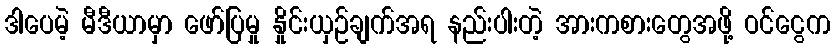
ဒါပေမဲ့ မီဒီယာမှာ ဖော်ပြမှု နှိုင်းယှဉ်ချက်အရ နည်းပါးတဲ့ အားကစားတွေအဖို့ ဝင်ငွေက